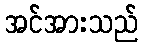
အင်အားသည်